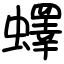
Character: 蠌